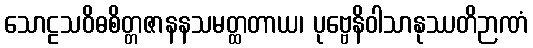
သောဠသဝိဓစိတ္တဇာနနသမတ္ထတာယ၊ ပုဗ္ဗေနိဝါသာနုဿတိဉာဏံ